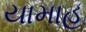
યામાહ